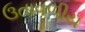
ઉતાવળીય